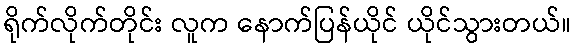
ရိုက်လိုက်တိုင်း လူက နောက်ပြန်ယိုင် ယိုင်သွားတယ်။